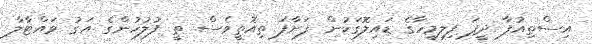
އިސްތިއުފާ ދީފަ ފިލިމީހާގެ ޑައިލޮގަކުން ފަށާފަ ތިއޮތީވެސް. ތީ ފުލުހުންގެ އަގު ވައްޓާލާ